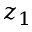
z _ { 1 }